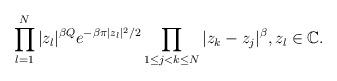
LaTeX: \begin{align*}\prod_{l=1}^N | z_l |^{\beta Q} e^{- \beta \pi | z_l |^2/2} \prod_{1 \le j < k \le N} | z_k - z_j |^\beta, z_l \in \mathbb C.\end{align*}